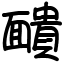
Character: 靧